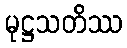
မုဋ္ဌသတိဿ